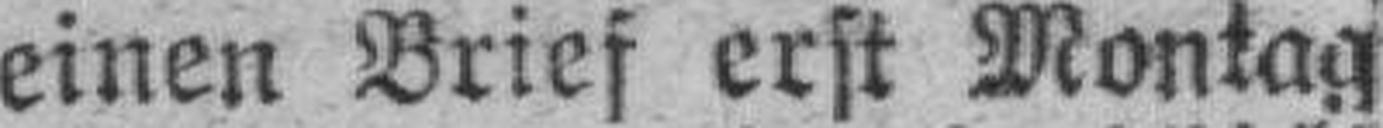
einen Brief erst Montag